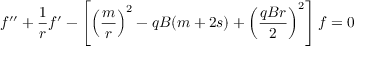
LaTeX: f ^ { \prime \prime } + \frac { 1 } { r } f ^ { \prime } - \left[ \left( \frac { m } { r } \right) ^ { 2 } - q B ( m + 2 s ) + \left( \frac { q B r } { 2 } \right) ^ { 2 } \right] f = 0